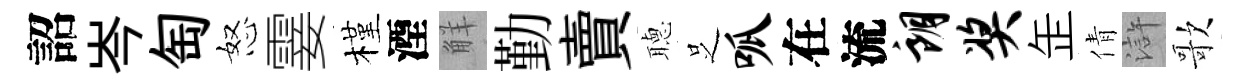
詔岑匋怒霎槿湮觧勤賣𦗟𠯁呱在流朗奖𦈢倩滸歌